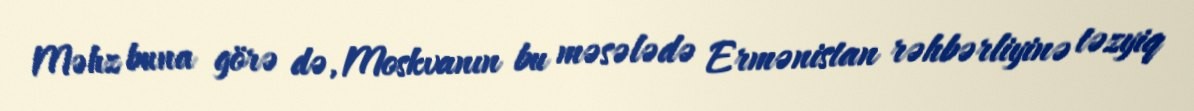
Məhz buna görə də, Moskvanın bu məsələdə Ermənistan rəhbərliyinə təzyiq